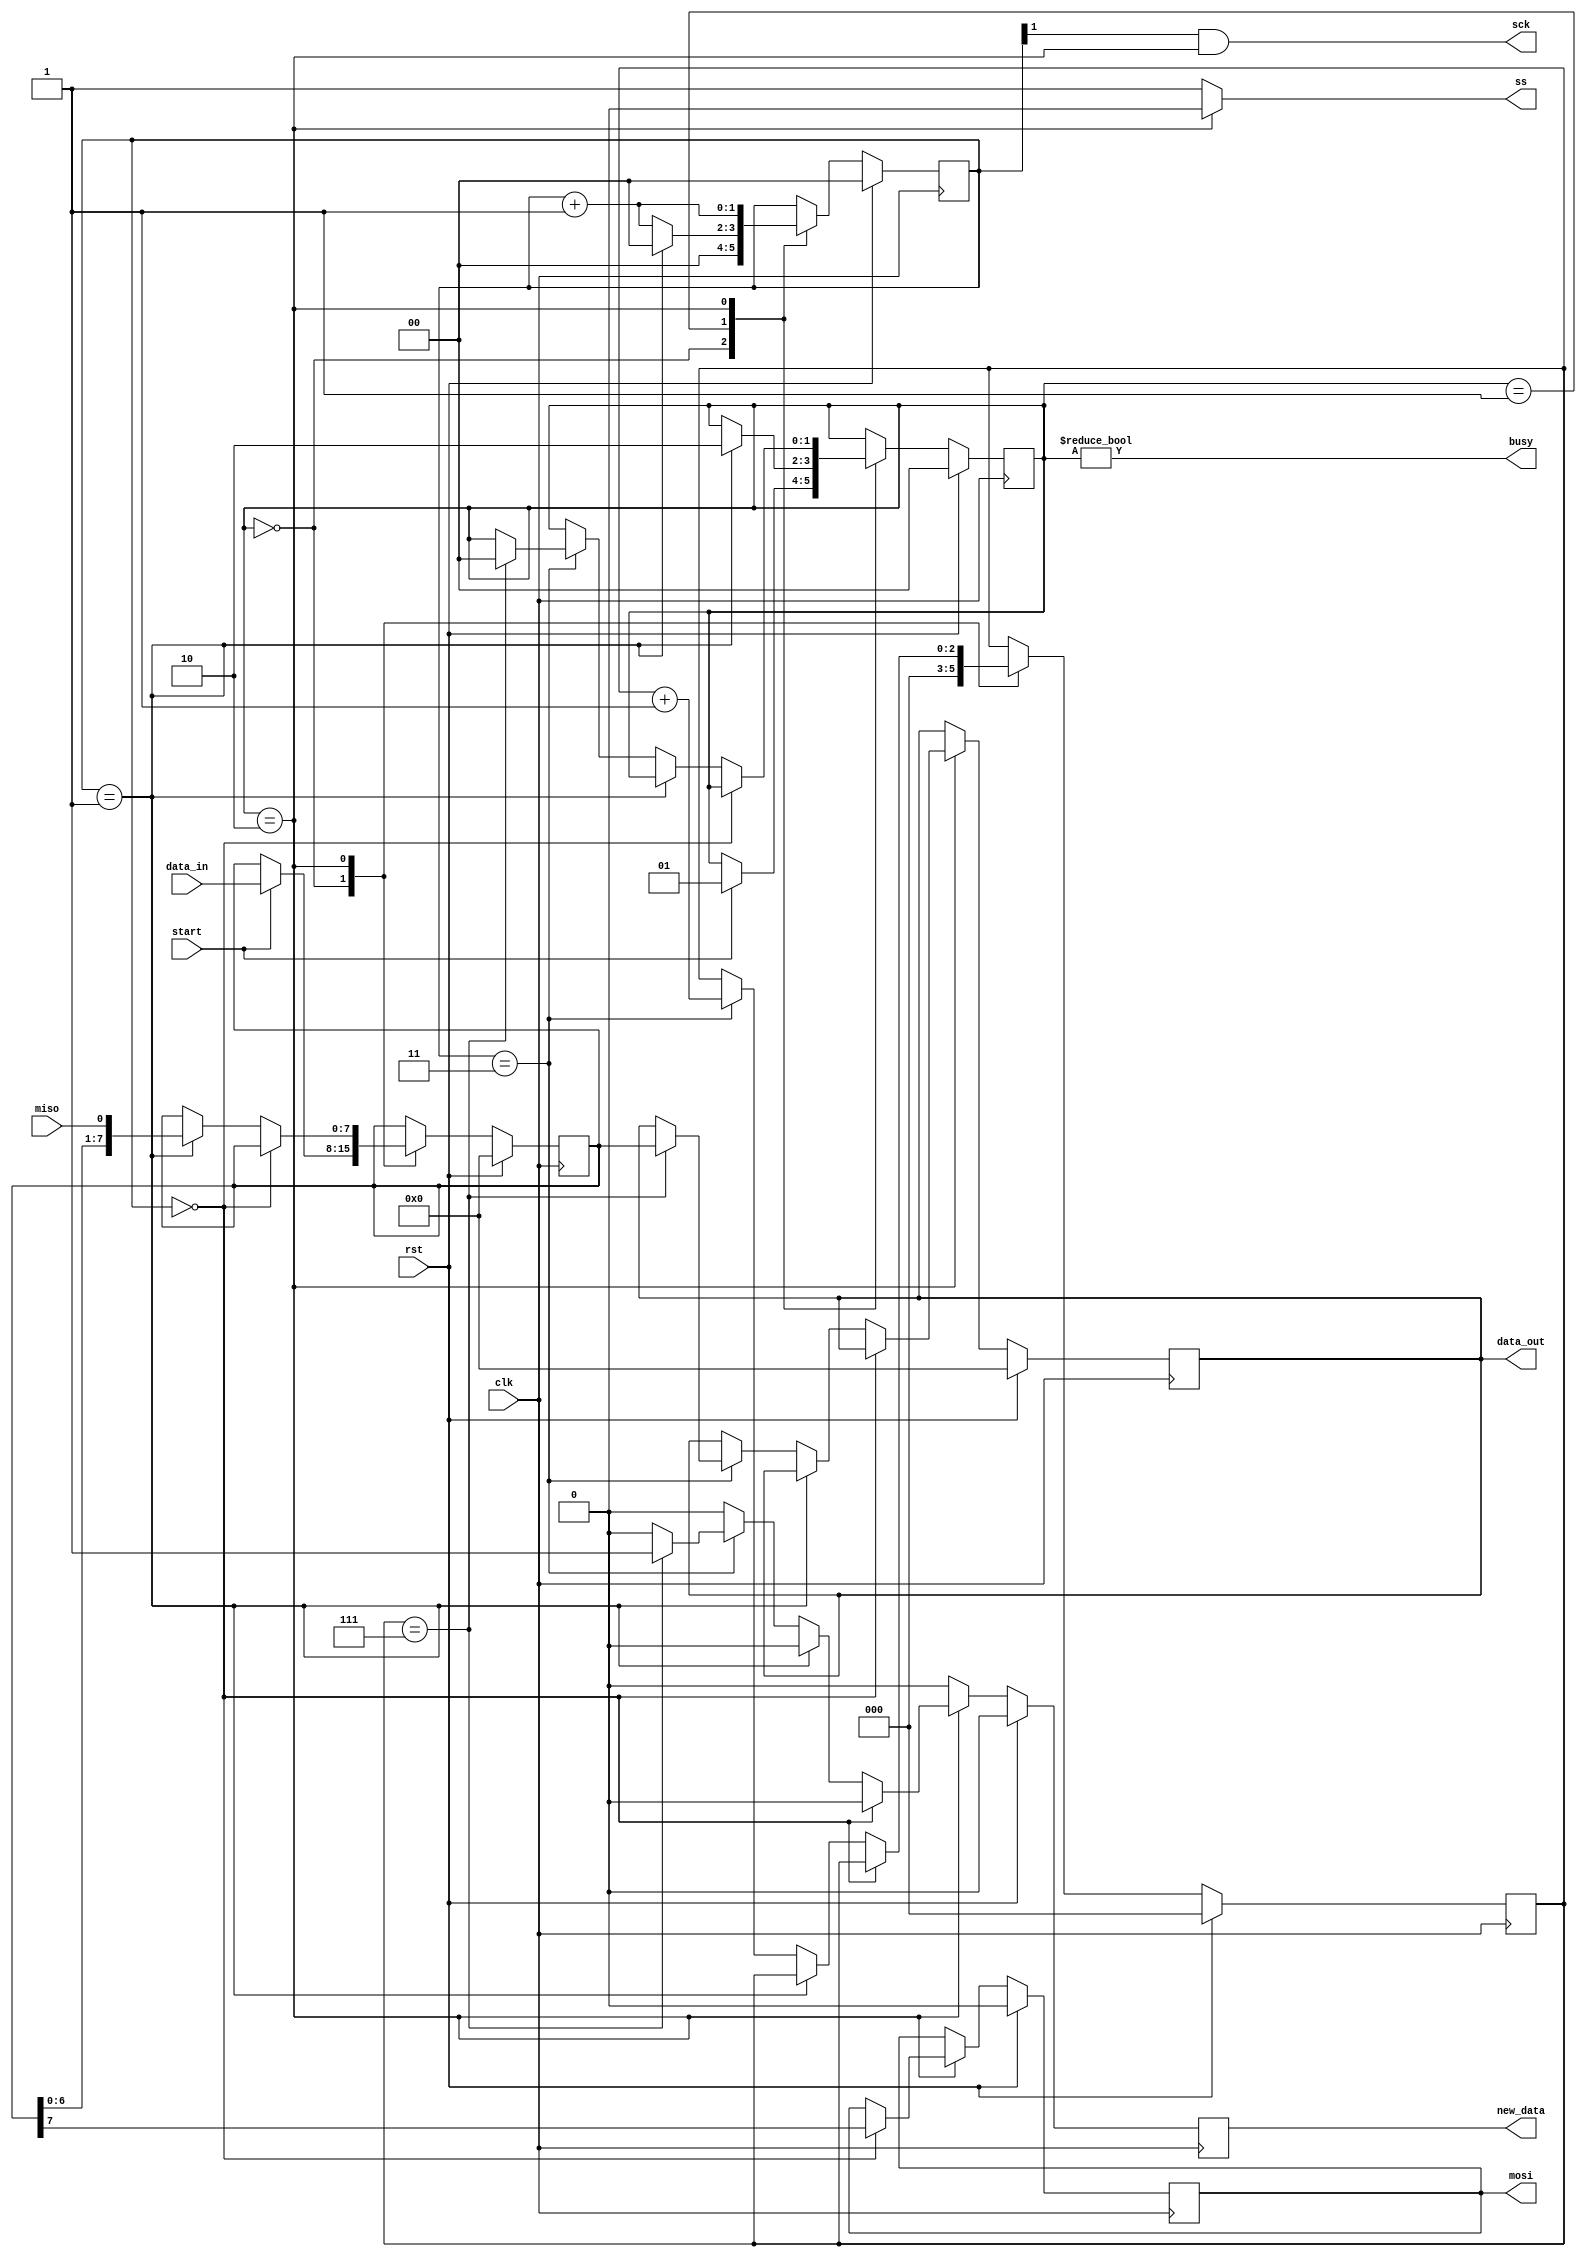
// (modified) from mojo example source code.
// (same MIT license)

module spi #(parameter CLK_DIV = 2)(
    input clk,
    input rst,
    input miso,
    output mosi,
    output sck,
    input start,
    output reg ss, // lcd_ss
    input[7:0] data_in,
    output[7:0] data_out,
    output busy,
    output new_data
);

localparam STATE_SIZE = 2;
localparam IDLE = 2'd0,
           WAIT_HALF = 2'd1,
           TRANSFER = 2'd2;

reg [STATE_SIZE-1:0] state_d, state_q;

reg [7:0] data_d, data_q;
reg [CLK_DIV-1:0] sck_d, sck_q;
reg mosi_d, mosi_q;
reg [2:0] ctr_d, ctr_q;
reg new_data_d, new_data_q;
reg [7:0] data_out_d, data_out_q;

assign mosi = mosi_q;
// CPHA = 1
//assign sck = (~sck_q[CLK_DIV-1]) & (state_q == TRANSFER);
assign sck = (sck_q[CLK_DIV-1]) & (state_q == TRANSFER); // CPHA = 0
assign busy = state_q != IDLE;
assign data_out = data_out_q;
assign new_data = new_data_q;

always @(*) begin
    sck_d = sck_q;
    data_d = data_q;
    mosi_d = mosi_q;
    ctr_d = ctr_q;
	new_data_d = 1'b0;
	data_out_d = data_out_q;
	state_d = state_q;
    ss = 1'b1; // ss high when idle.

    case (state_q)
        IDLE: begin
            sck_d = 4'b0;
            ctr_d = 3'b0;
            if (start == 1'b1) begin
                data_d = data_in;
                state_d = WAIT_HALF;
            end
        end
        WAIT_HALF: begin
            sck_d = sck_q + 1'b1;
            if (sck_q == {CLK_DIV-1{1'b1}}) begin
                sck_d = 1'b0;
                state_d = TRANSFER;
            end
        end
        TRANSFER: begin
            sck_d = sck_q + 1'b1;
            ss = 1'b0; // low when active.
            if (sck_q == 4'b0000) begin
                mosi_d = data_q[7];
            end else if (sck_q == {CLK_DIV-1{1'b1}}) begin
                data_d = {data_q[6:0], miso};
            end else if (sck_q == {CLK_DIV{1'b1}}) begin
                ctr_d = ctr_q + 1'b1;
                if (ctr_q == 3'b111) begin
                    state_d = IDLE;
                    data_out_d = data_q;
                    new_data_d = 1'b1;
                end
            end
        end
    endcase
end

always @(posedge clk) begin
    if (rst) begin
        ctr_q <= 3'b0;
        data_q <= 8'b0;
        sck_q <= 4'b0;
        mosi_q <= 1'b0;
        state_q <= IDLE;
        data_out_q <= 8'b0;
        new_data_q <= 1'b0;
    end else begin
        ctr_q <= ctr_d;
        data_q <= data_d;
        sck_q <= sck_d;
        mosi_q <= mosi_d;
        state_q <= state_d;
        data_out_q <= data_out_d;
        new_data_q <= new_data_d;
    end
end

endmodule